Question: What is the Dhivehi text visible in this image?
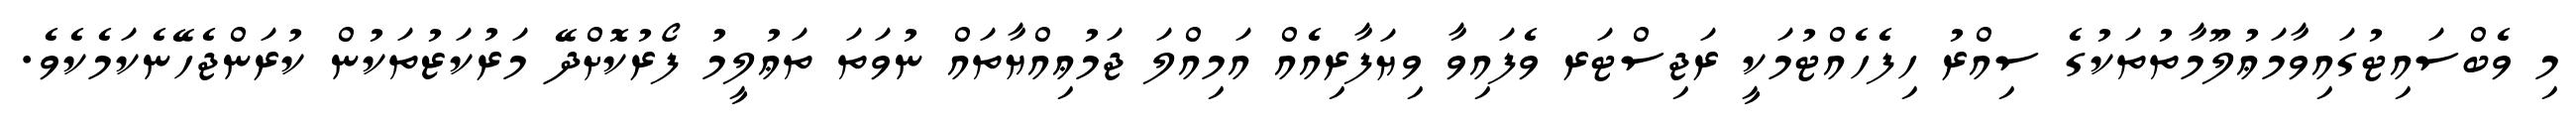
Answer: މި ވެބްސައިޓުގައިވާމަޢުލޫމާތުތަކުގެ ސިއްރު ހިފެހެއްޓުމަކީ ރަޖިސްޓަރ ވެފައިވާ ވިޔަފާރިއެއް އަމިއްލަ ޖަމުޢިއްޔާތައް ނުވަތަ ތަޢުލީމު ފޯރުކޮށްދޭ މަރުކަޒުތަކުން ކުރަންޖެހޭނެކަމެކެވެ.